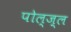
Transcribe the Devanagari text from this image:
पोल्ज़्ल